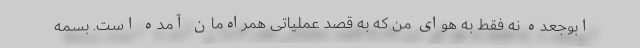
ابوجعده نه فقط به هوای من که به قصد عملیاتی همراه‌مان آمده است. بسمه